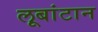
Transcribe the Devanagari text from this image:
लूबांटान